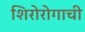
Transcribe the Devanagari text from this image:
शिरोरोगाची